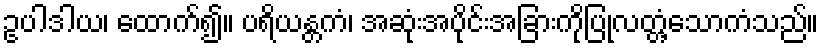
ဥပါဒါယ၊ ထောက်၍။ ပရိယန္တကံ၊ အဆုံးအပိုင်းအခြားကိုပြုလတ္တံ့သောကံသည်။